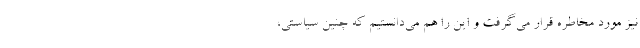
نیز مورد مخاطره قرار می‌گرفت و این را هم می‌دانستیم که چنین سیاستی،